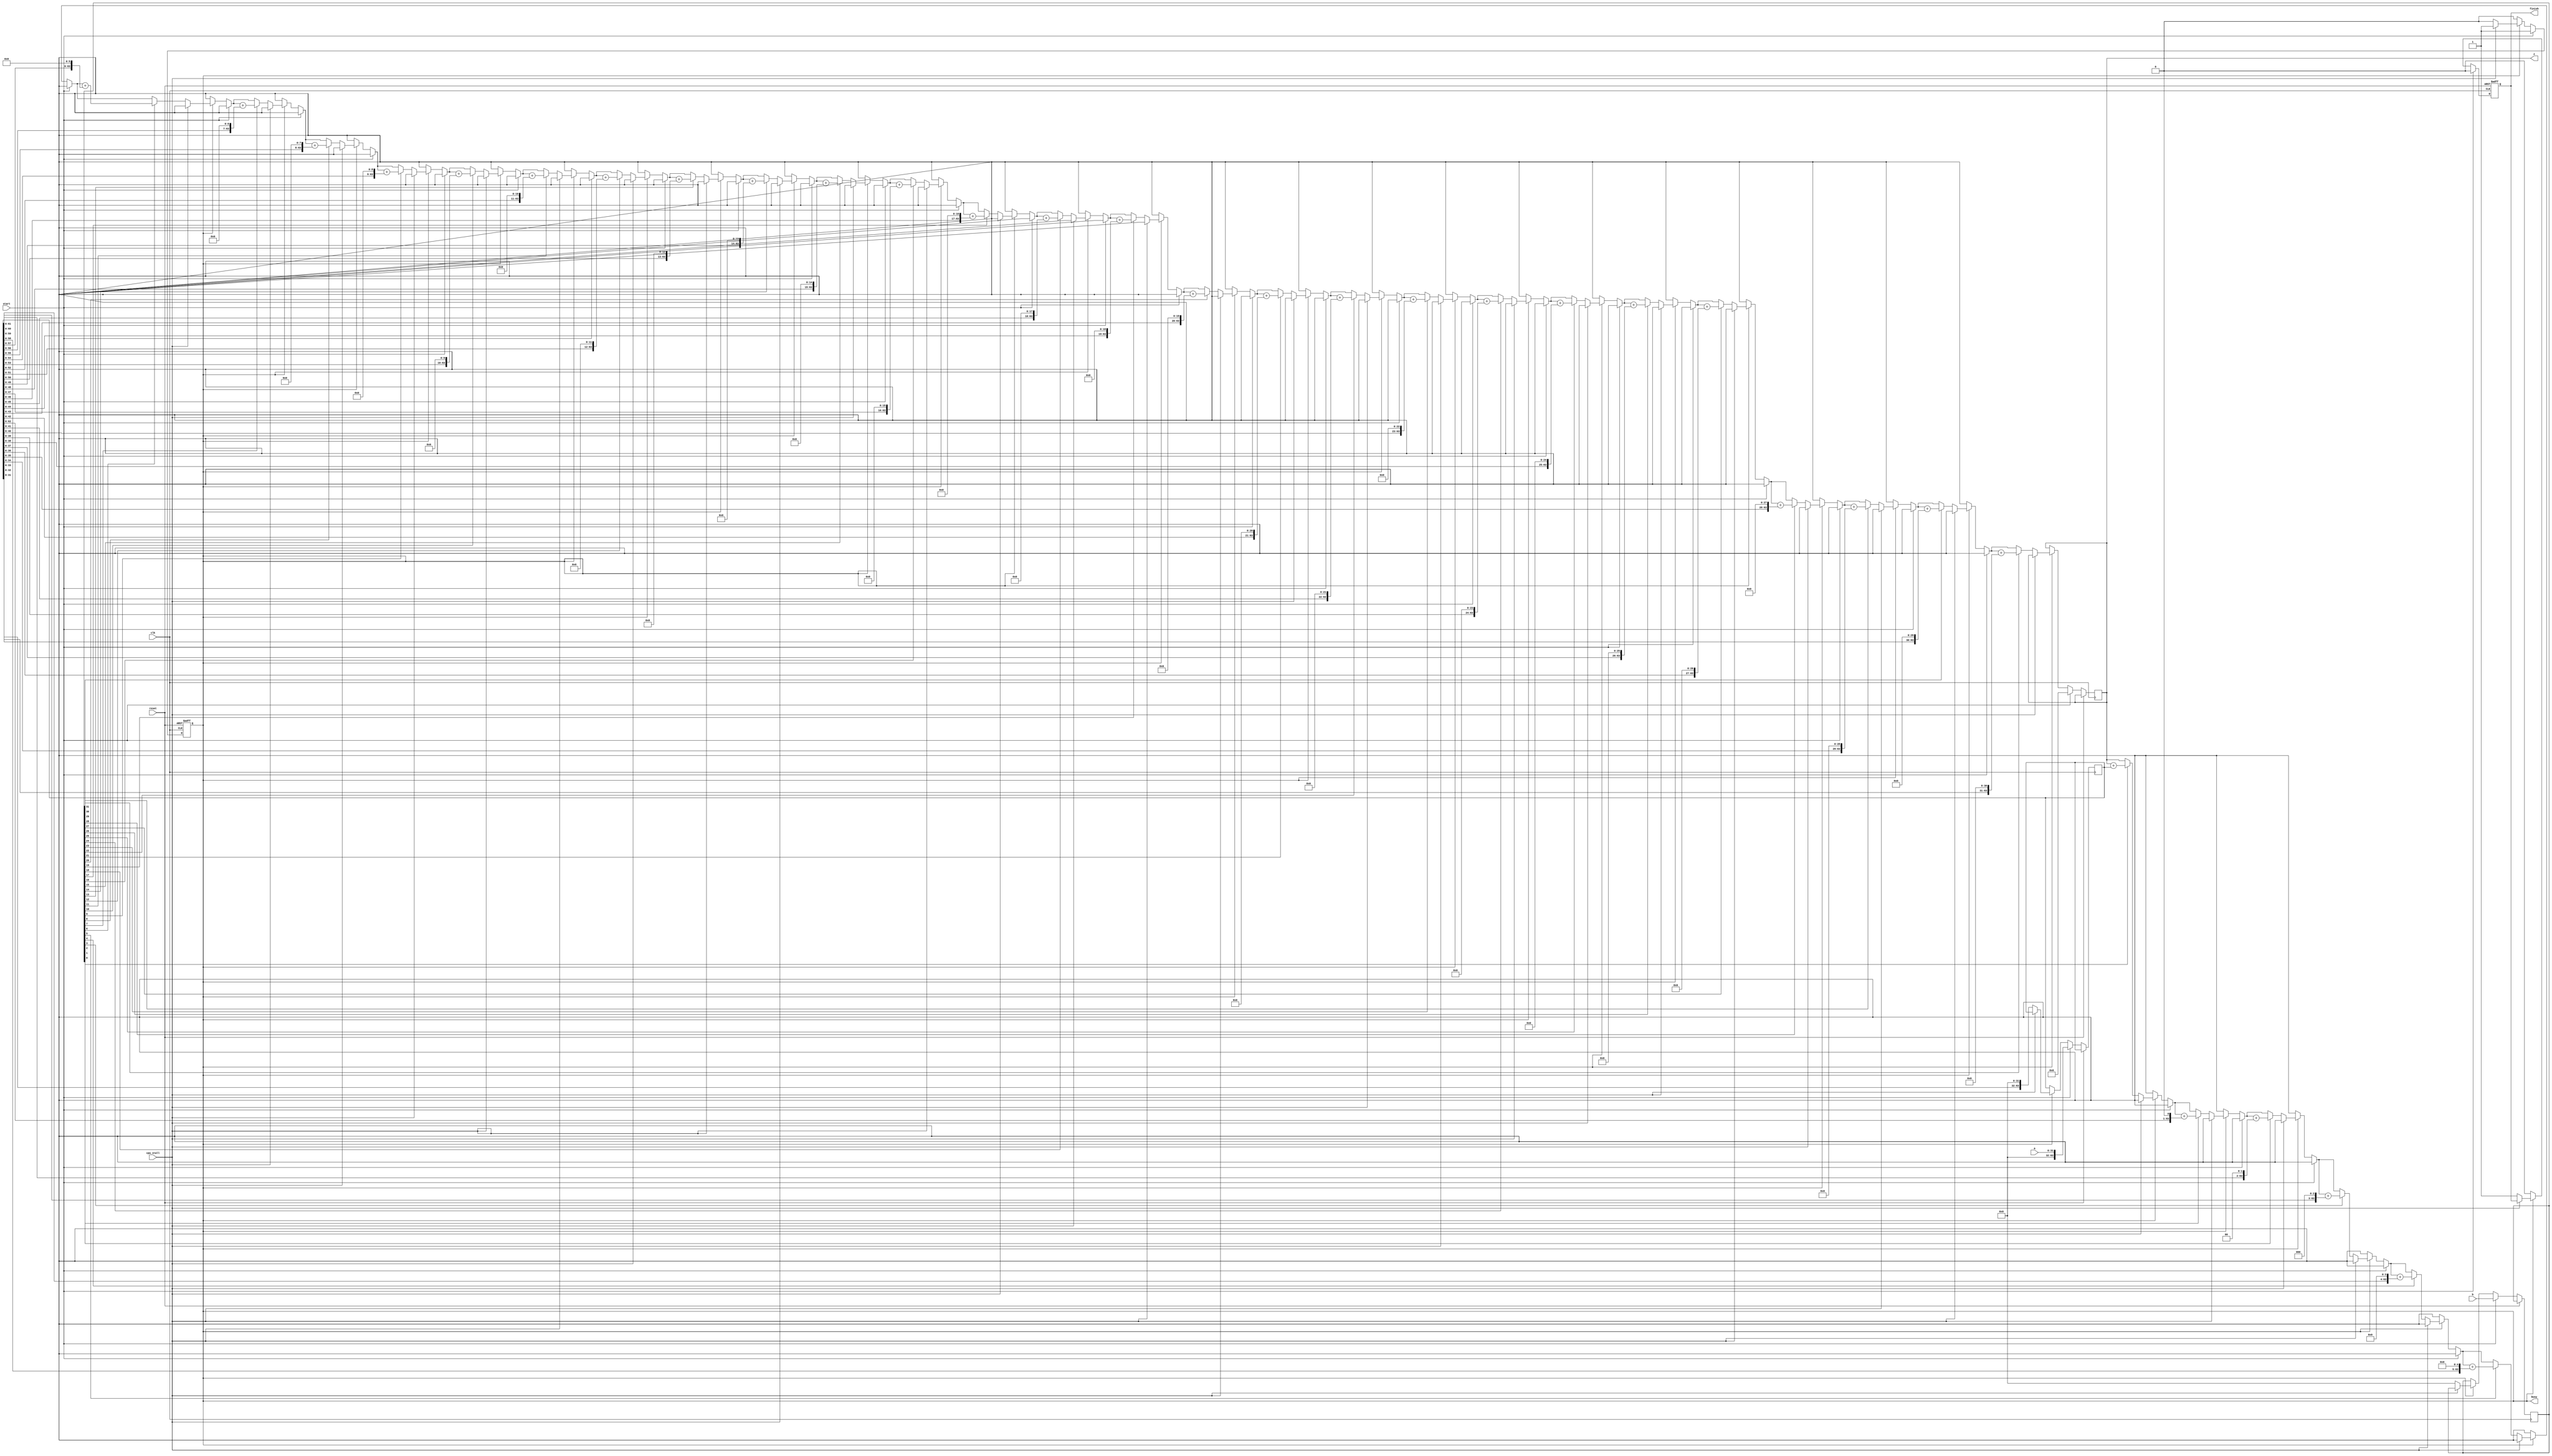
`timescale 1ns / 1ps
//////////////////////////////////////////////////////////////////////////////////
// Company: 
// Engineer: 
// 
// Design Name: 
// Module Name: MULTU
// Project Name: 
// Target Devices: 
// Tool Versions: 
// Description: 
// 
// Dependencies: 
// 
// Revision:
// Revision 0.01 - File Created
// Additional Comments:
// 
//////////////////////////////////////////////////////////////////////////////////
/**/

module MULTU(
    input clk,
    input reset,    //active high
    input start,
    input [31:0] a, //multiplicand
    input [31:0] b, //multiplier
    output [63:0] z,
    output reg busy,
    output reg finish,

    //for program in
    input cpu_stall
    );
    
//    reg [5:0] cnt;
//    reg [31:0] multa,multb;
//    reg [31:0] multpart;
//    reg shiftr;
//    wire cf;
//    wire [31:0] add;
        reg [63:0] temp;
    reg [63:0]temp_a;
    reg [31:0] temp_b;
    integer cnt=0;
assign z=temp;
    always@(posedge clk or posedge reset)
    begin
        if(reset) begin
            cnt<=0;

            busy<=0;
            finish<=0;
        end
        else begin
            if(start) begin
                cnt<=0;
        temp<=0;
            temp_a<={32'b0,a};//0
            temp_b<=b;

                busy<=1;
                finish<=0;
            end else if(busy) begin
                if (!cpu_stall) begin
                  temp<=0;
         temp_a<={32'b0,a};//0
         temp_b<=b;
         cnt<=0;
                    for(cnt=0;cnt<32;cnt=cnt+1)
               begin
                  
                   if(temp_b[0])
                   begin
                       temp=temp+temp_a;
                   end
                   else
                   begin
                   end
                   temp_b=temp_b>>1;
                   temp_a=temp_a << 1;
               end
                            
                            busy<=0;
                            finish<=1;
                        
                end
            end
            else
                finish<=0;
        end
    end
endmodule